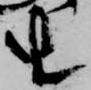
由